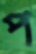
প